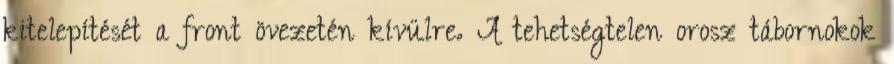
kitelepítését a front övezetén kívülre. A tehetségtelen orosz tábornokok